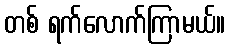
တစ် ရက်လောက်ကြာမယ်။